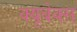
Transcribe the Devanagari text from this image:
क्यूबेक्स